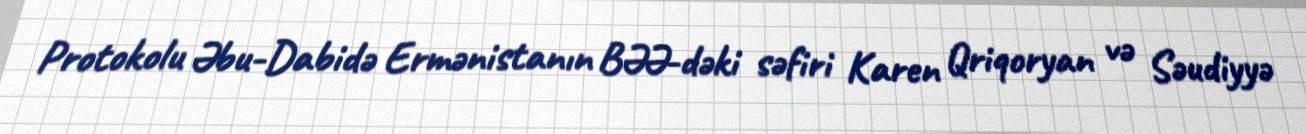
Protokolu Əbu-Dabidə Ermənistanın BƏƏ-dəki səfiri Karen Qriqoryan və Səudiyyə